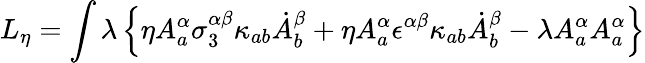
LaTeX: L_{\eta}=\int\lambda\left\{ \eta A_{a}^{\alpha}\sigma_{3}^{\alpha\beta}\kappa_{ab}\dot{A}_{b}^{\beta}+\eta A_{a}^{\alpha}\epsilon^{\alpha\beta}\kappa_{ab}\dot{A}_{b}^{\beta}-\lambda A_{a}^{\alpha}A_{a}^{\alpha}\right\}